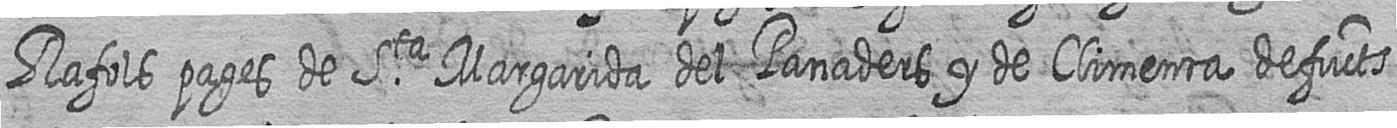
Rafols pages de Sta Margarida del Panaders y de Climenta defucts